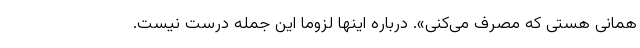
همانی هستی که مصرف می‌کنی». درباره اینها لزوما این جمله درست نیست.